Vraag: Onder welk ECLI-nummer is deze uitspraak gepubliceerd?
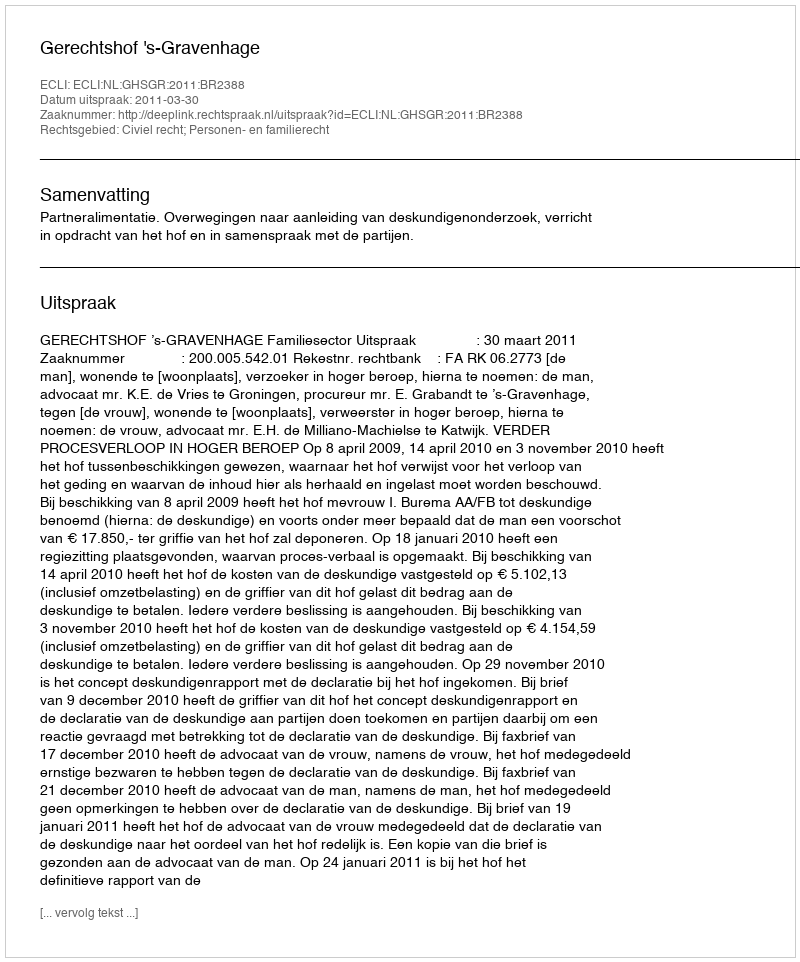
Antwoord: ECLI:NL:GHSGR:2011:BR2388